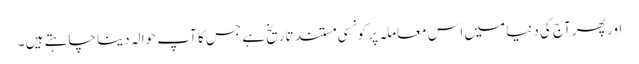
اور پھر آج کی دنیا میں اس معاملہ پر کونسی مستند تاریخ ہے جس کا آپ حوالہ دینا چاہتے ہیں ۔